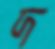
দ